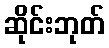
ဆိုင်းဘုတ်